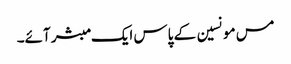
مس مونسین کے پاس ایک مبشر آئے۔